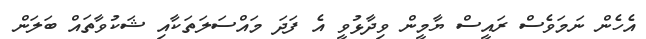
އެހެން ނަމަވެސް ރައީސް ޔާމީން ވިދާޅުވީ އެ ފަދަ މައްސަލަތަކާއި ޝަކުވާތައް ބަލަން